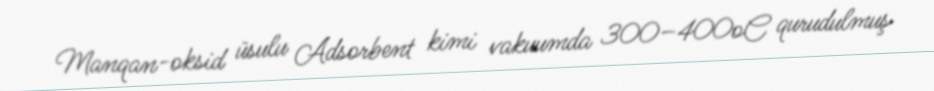
Manqan-oksid üsulu Adsorbent kimi vakuumda 300–400oC qurudulmuş